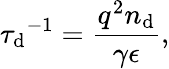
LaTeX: {\tau_{\mathrm{d}}}^{-1}=\frac{{q^{2}n_{\mathrm{d}}}}{{\gamma\epsilon}},